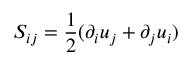
S _ { i j } = \frac { 1 } { 2 } ( \partial _ { i } u _ { j } + \partial _ { j } u _ { i } )